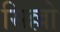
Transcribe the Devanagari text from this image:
सिल्लो